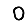
Digit: 0